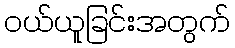
ဝယ်ယူခြင်းအတွက်